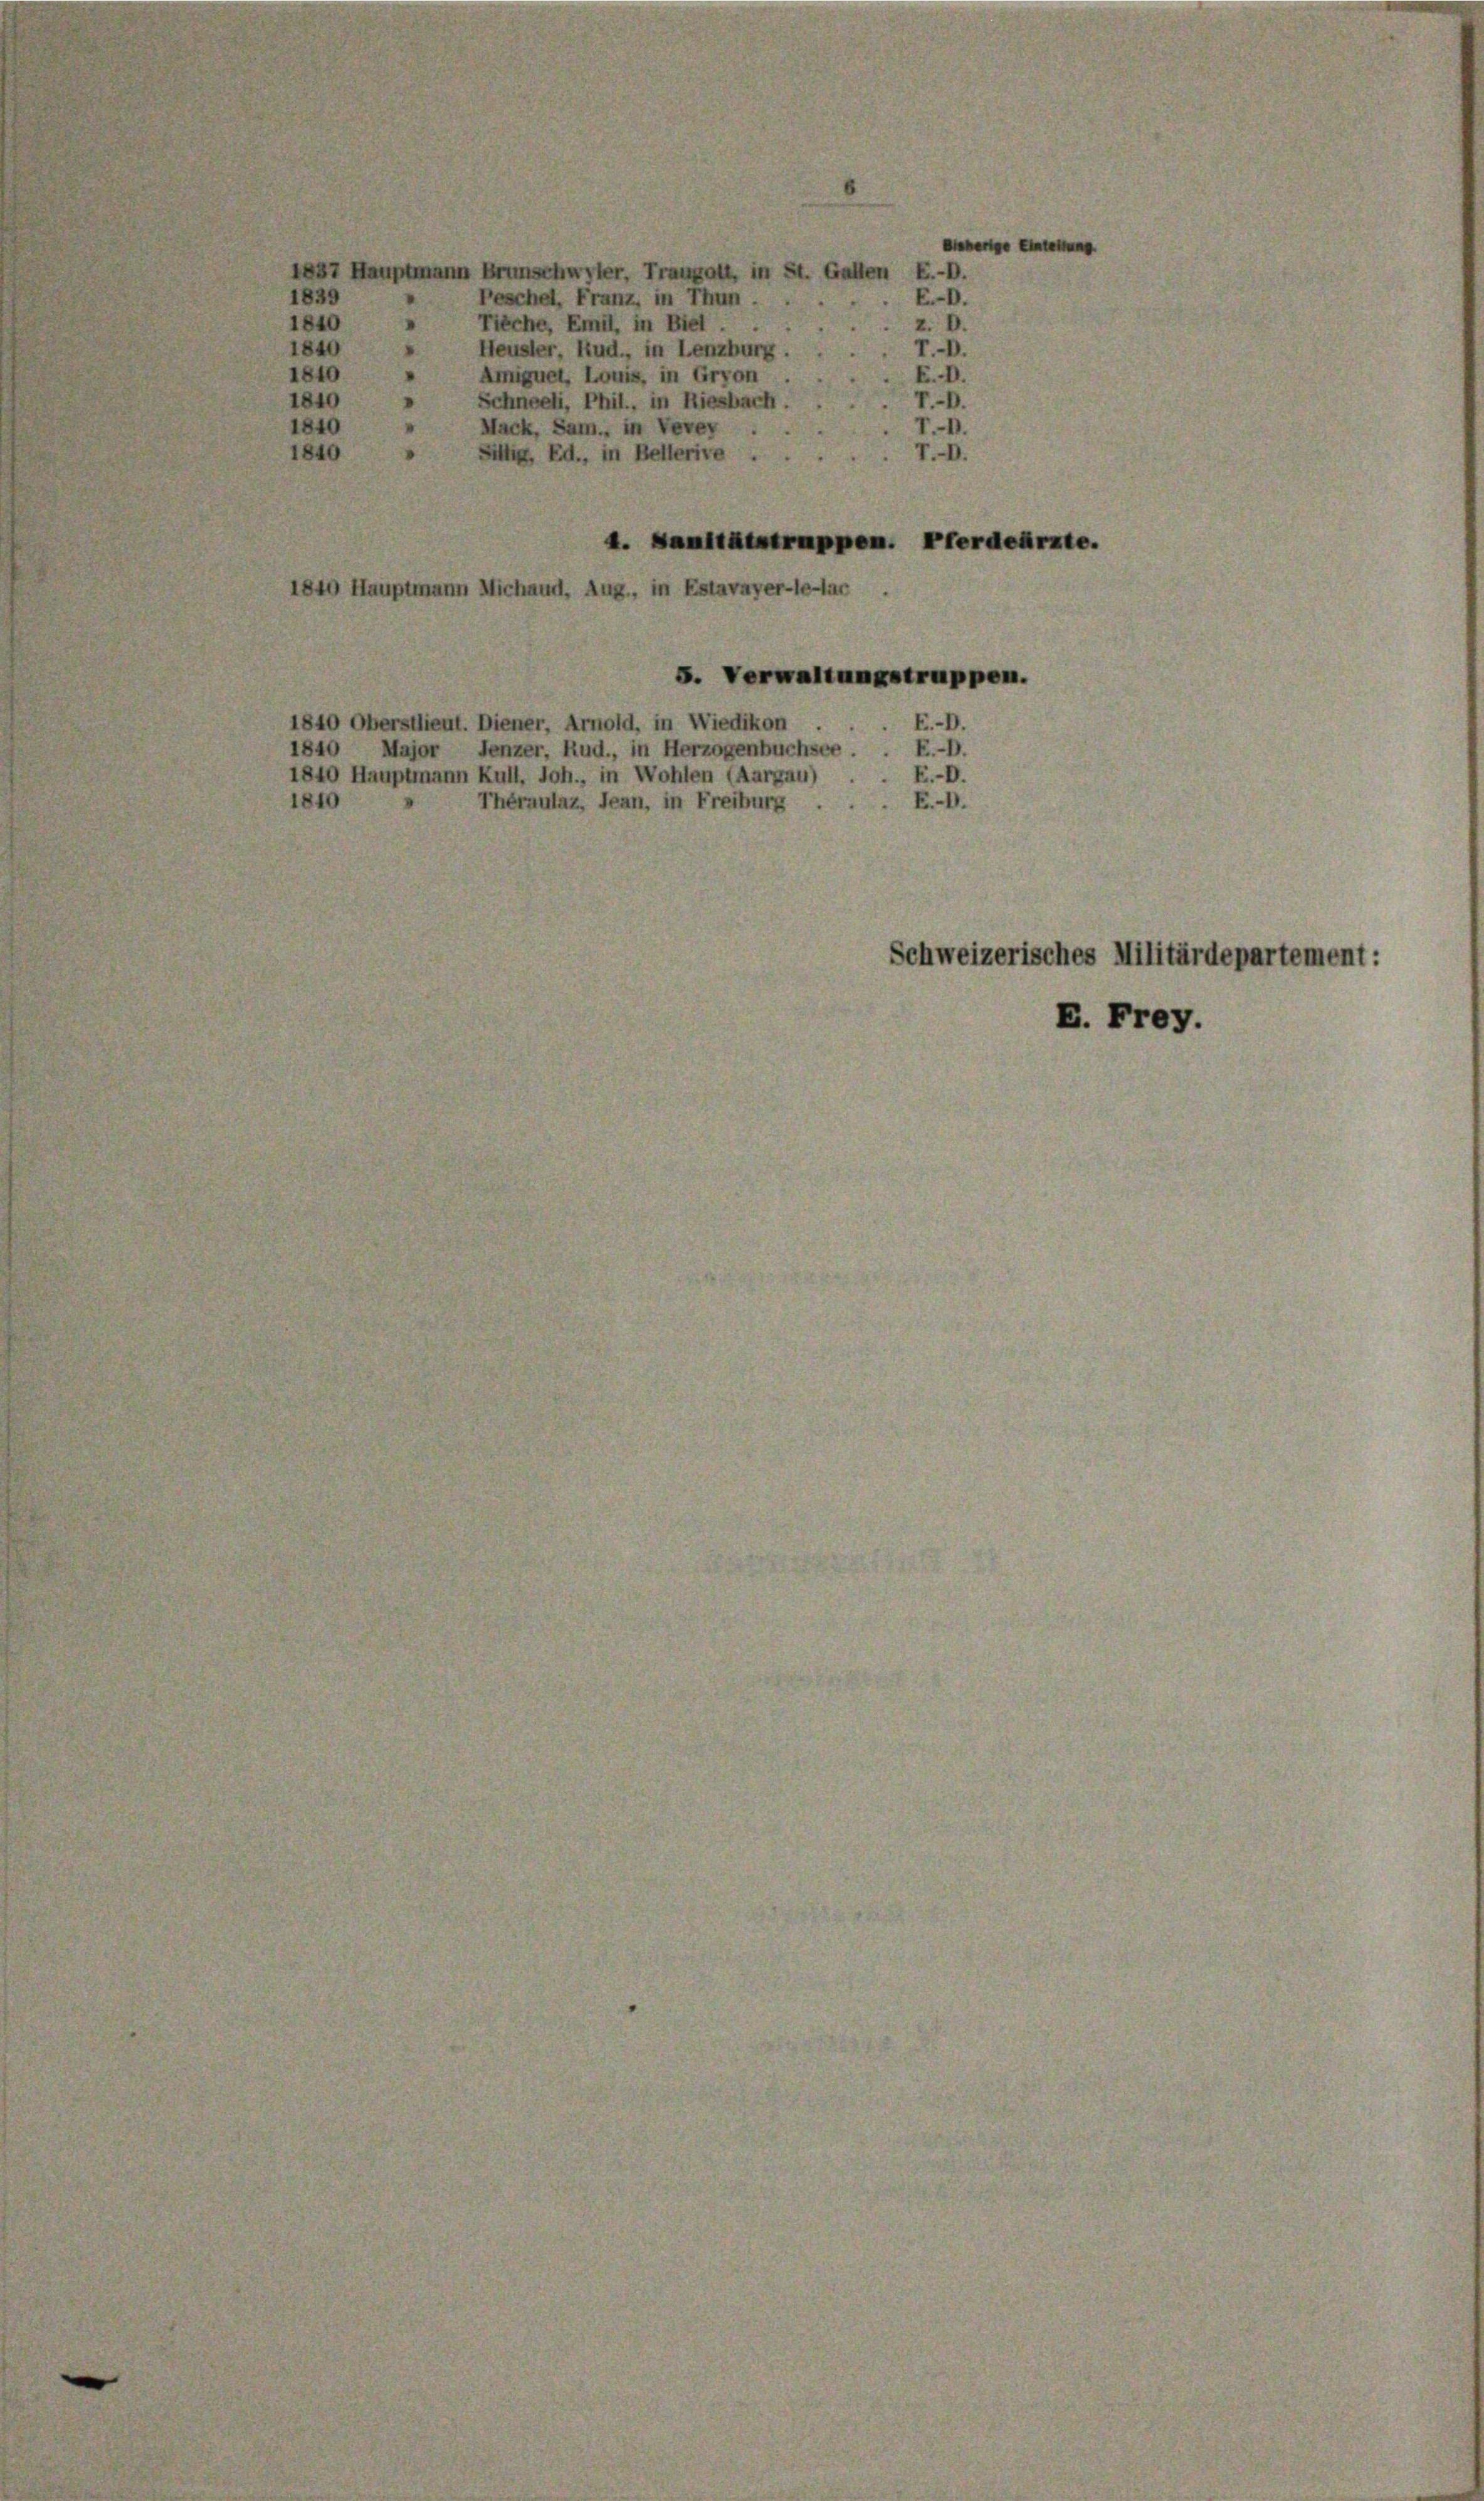
1837 Hauptmann Brunschwyler, Traugott, in St. Gallen E.-D.
1839
 Peschel, Franz, in Thun . .
1840
z. D.
Tieche, Emil, in Biel . .
1840
Heusler, Rud., in Lenzburg.
r.-O.
1840
Amniquet, Louis, in Gryon
E.D.
1840
Schneeli, Phil., in Riesbach
r.-O.
1840
Mack, Sam., in Vevey .
T.-.
1840
Sillig, Ed., in Bellerive .
4. Sanitätstruppen. Pferdearzte.
1840 Hauptmann Michaud, Aug., in Estavayer-le-lar
S. Verwaltungstruppen.
1840 Oberstlieut. Diener, Arnold, in Wiedikon
E.-O.
E.D.
1840 Major Fenzer, Rud., in Herzogenbuchsee.
1840 Hauptmann Kull, Joh., in Wohlen (Aargau)
E.-O.
1840
Thérautaz, Jean, in Freiburg . . . E.-M.
Schweizerisches Militärdepartement:
E. Frey.

E.-O.

er Eintretung